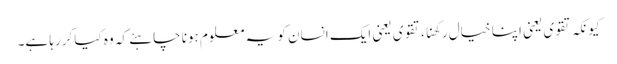
کیونکہ تقوی یعنی اپنا خیال رکھنا، تقوی یعنی ایک انسان کو یہ معلوم ہونا چاہئے کہ وہ کیا کررہا ہے۔